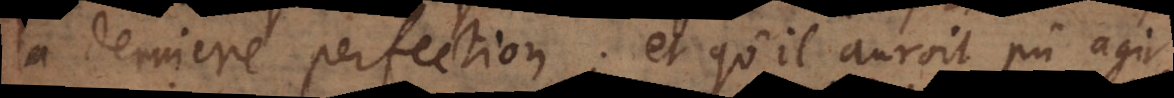
la derniere perfection; et qu’il auroit pû agir